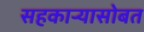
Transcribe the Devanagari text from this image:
सहकाऱ्यासोबत